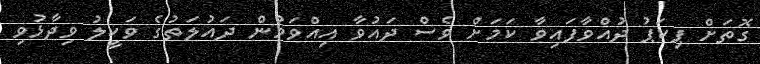
ގޮތަށް ޕިކަޕު ދުއްވާފައިވާ ކަމަށް ވެސް ދައުވާ އިއްވަމުން ދައުލަތުގެ ވަކީލު ވިދާޅުވި